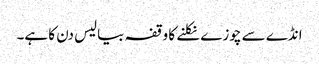
انڈے سے چوزے نکلنے کا وقفہ بیالیس دن کا ہے۔